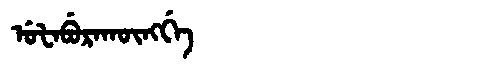
Manchu: ᡠᡶᠠᠪᡠᡵᠠᡴᡡᠩᡤᡝ
Romanization: UFABURAKŪNGGE